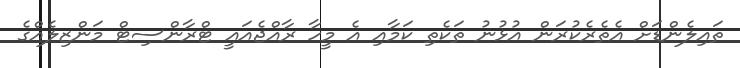
ތައިލެންޑަށް އެތެރެކުރަން އުޅުނު ތަކެތި ކަމާއި އެ މީހާ ރާއްޖެއައީ ޓްރާންސިޓް މަންޒިލެއްގެ